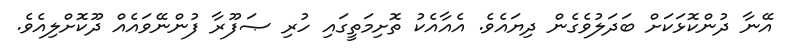
އޭނާ ދުންކޮޅަކަށް ބަދަލުވެގެން ދިޔައެވެ. އެއާއެކު ތޮށިމަތީގައި ހުރި ޞަފޫރާ ފުންނޭވައެއް ދޫކޮށްލިއެވެ.